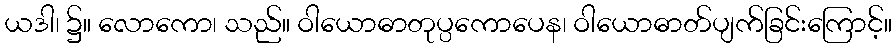
ယဒါ၊ ၌။ လောကော၊ သည်။ ဝါယောဓာတုပ္ပကောပေန၊ ဝါယောဓာတ်ပျက်ခြင်းကြောင့်။